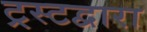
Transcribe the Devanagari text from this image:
ट्रस्टद्वारा